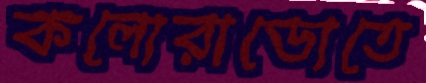
কলোরাডোতে